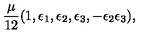
{ \frac { \mu } { 1 2 } } ( 1 , \epsilon _ { 1 } , \epsilon _ { 2 } , \epsilon _ { 3 } , - \epsilon _ { 2 } \epsilon _ { 3 } ) ,